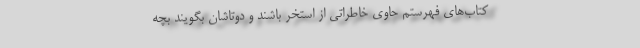
کتاب‌های فهرستم حاوی خاطراتی از استخر باشند و دوتاشان بگویند بچه‌